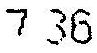
7.36